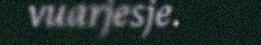
vuarjesje.